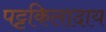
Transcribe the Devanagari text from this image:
पट्टकिलादाय